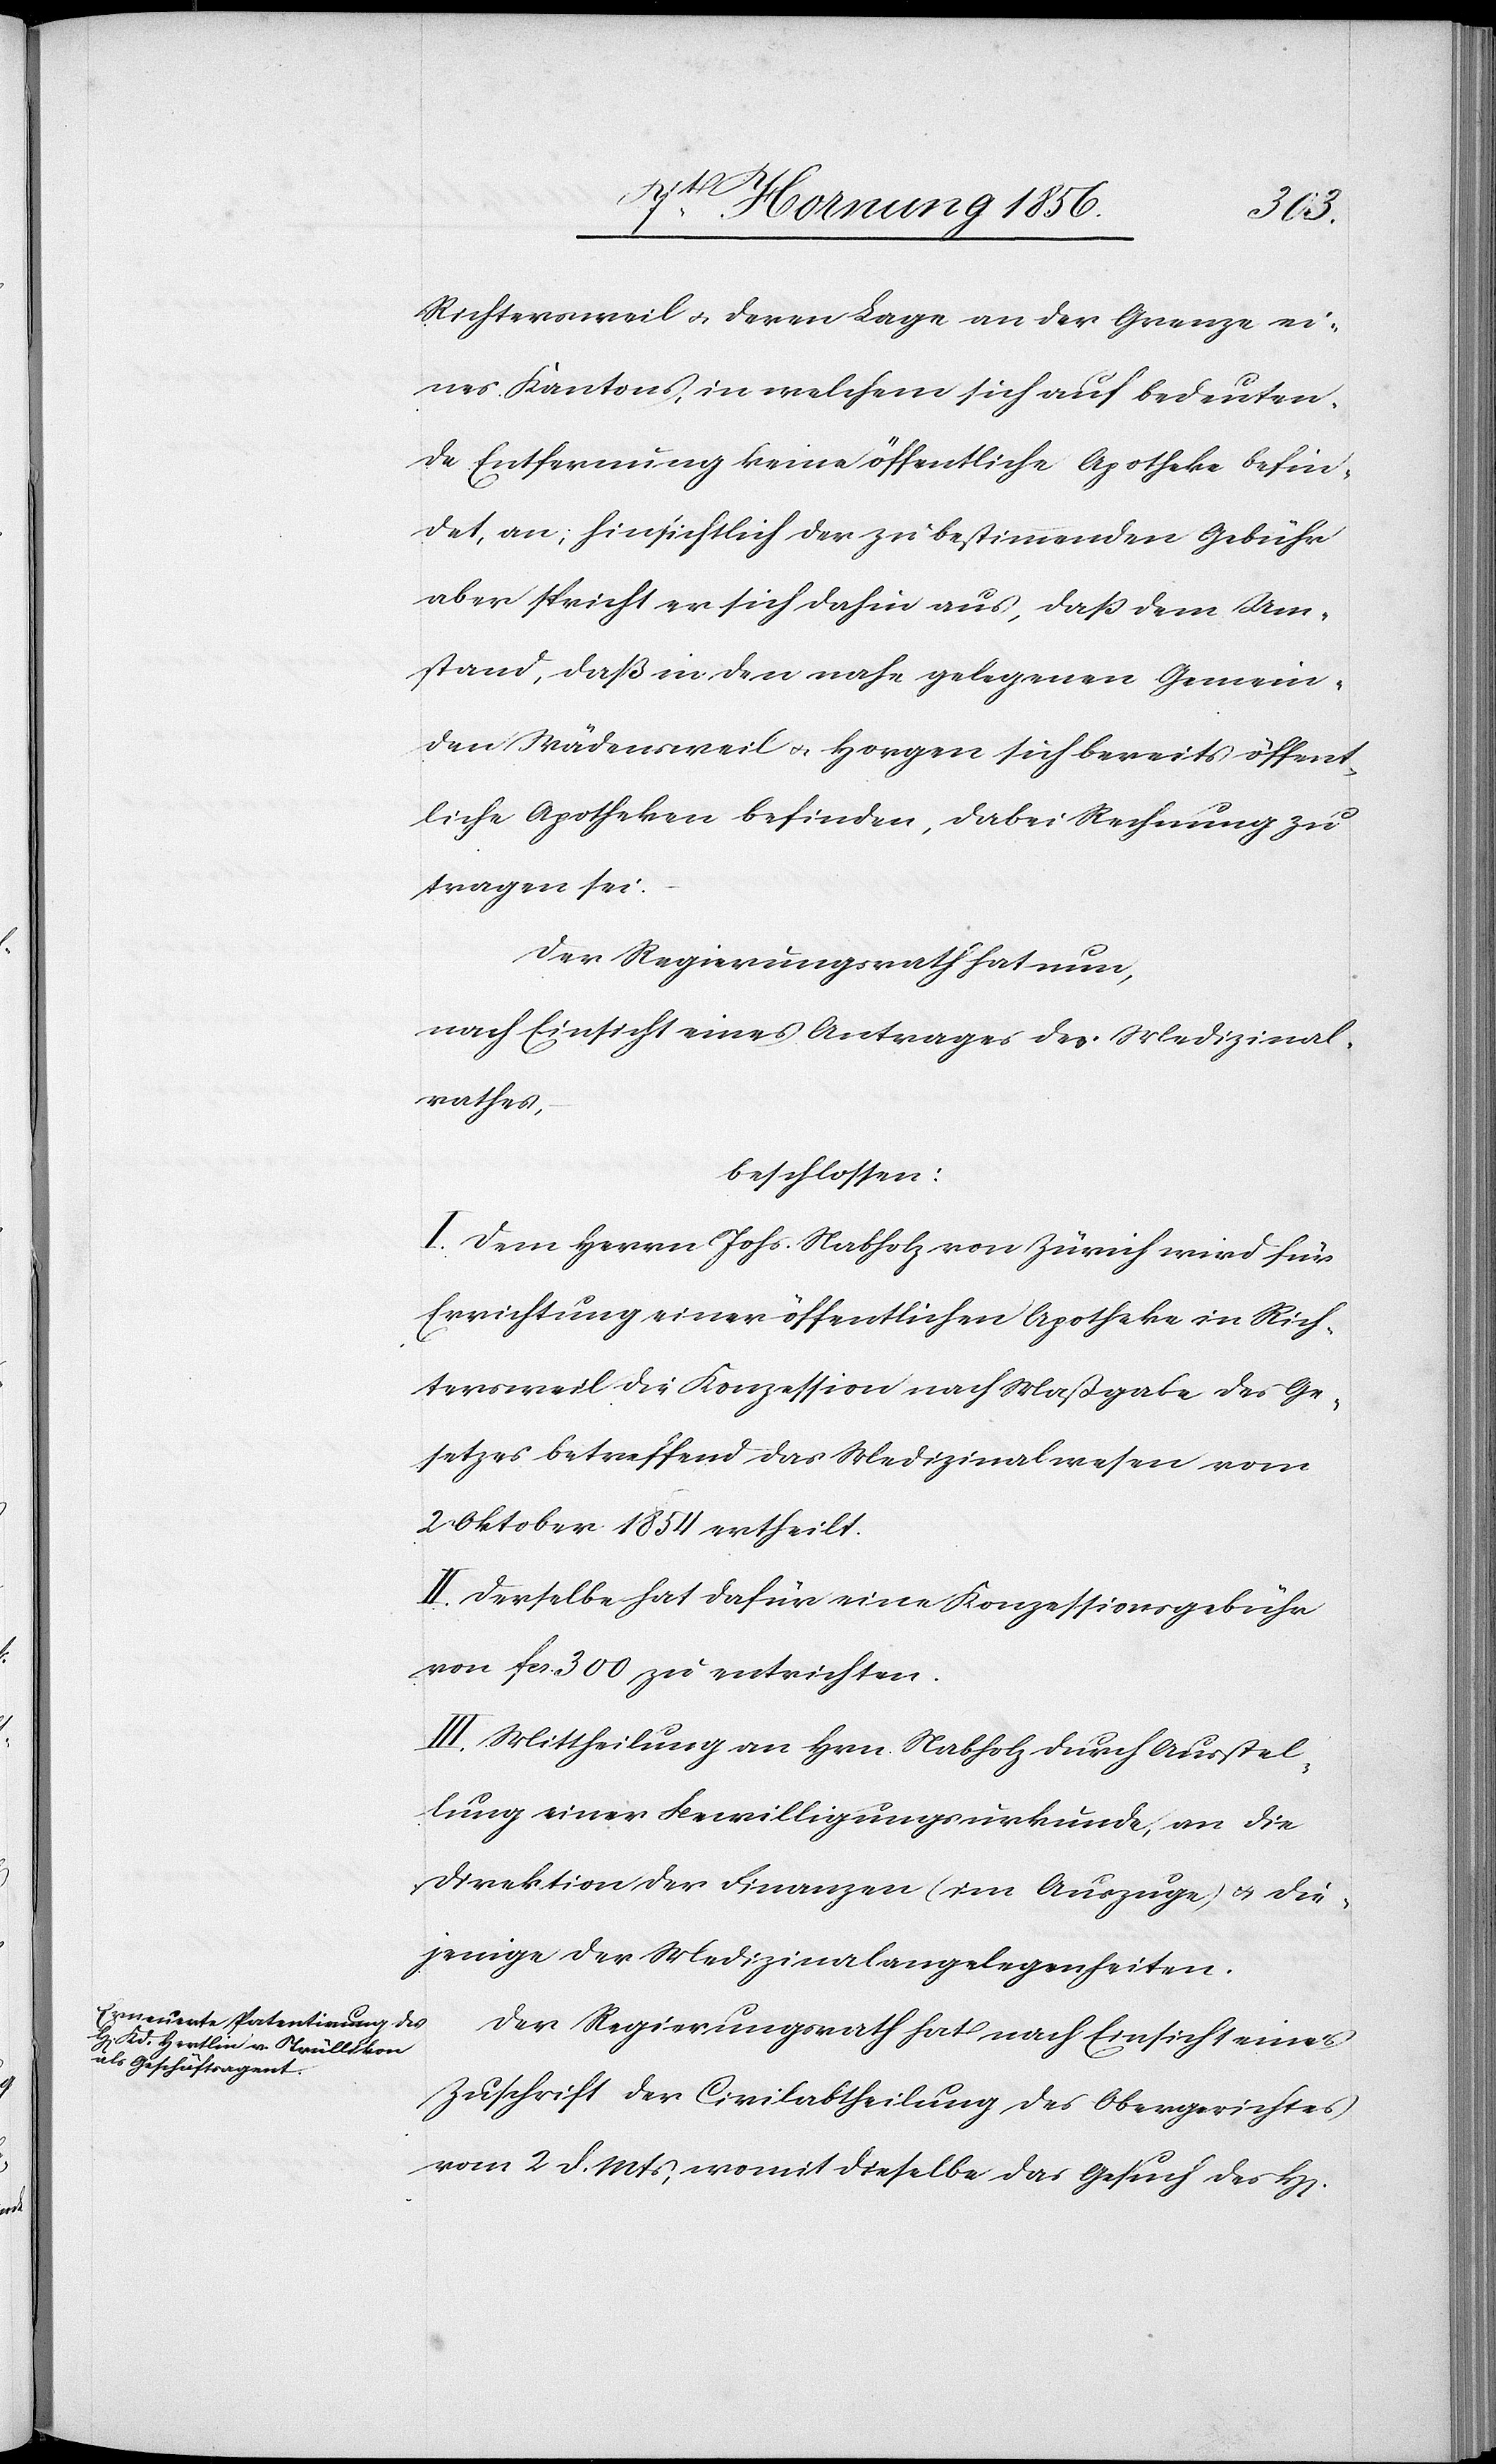
rrn]
Richtersweil u. deren Lage an der Grenze ei¬
nes Kantons, in welchem sich auf bedeuten¬
de Entfernung keine öffentliche Apotheke befin¬
det, an; hinsichtlich der zu bestimmenden Gebühr
aber spricht er sich dahin aus, daß dem Um¬
stand, daß in den nahe gelegenen Gemein¬
den Wädensweil u. Horgen sich bereits öffent¬
liche Apotheken befinden, dabei Rechnung zu
tragen sei.
Der Regierungsrath hat nun,
nach Einsicht eines Antrages des Medizinal¬
rathes,
beschlossen:
I. Dem Herrn Johs. Nabholz von Zürich wird für
Errichtung einer öffentlichen Apotheke in Rich¬
tersweil die Konzession nach Maßgabe des Ge¬
setzes betreffend das Medizinalwesen vom
2 Oktober 1854 ertheilt.
II. Derselbe hat dafür eine Konzessionsgebühr
von fcs. 300 zu entrichten.
III. Mittheilung an Hrn. Nabholz durch Ausstel¬
lung einer Bewilligungsurkunde, an die
Direktion der Finanzen (im Auszuge) u. die¬
jenige der Medizinalangelegenheiten.
Der Regierungsrath hat nach Einsicht eines
Zuschrift der Civilabtheilung des Obergerichtes
vom 2 d. Mts, womit dieselbe das Gesuch des H[e¬